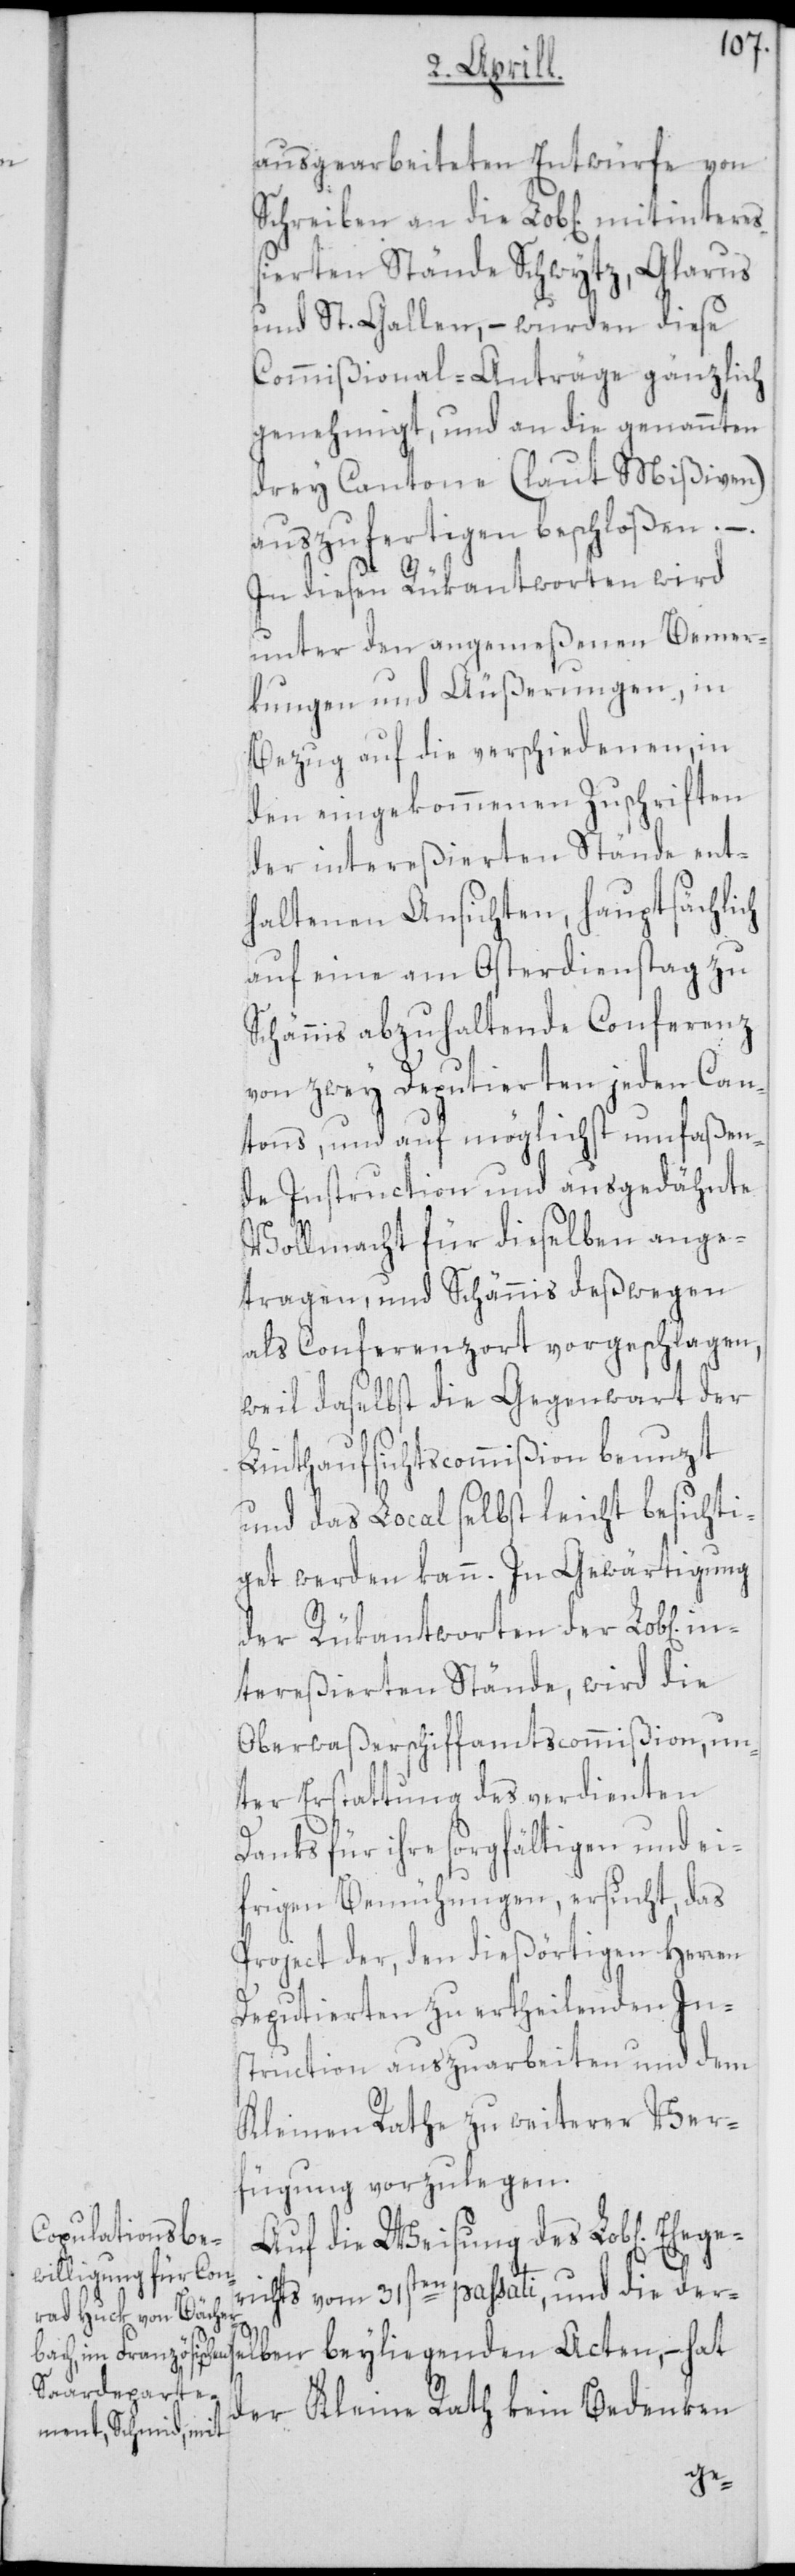
ausgearbeiteten Entwürfe von
Schreiben an die Lob[lichen] mitintereß¬
ierten Stände Schwytz, Glarus
und St. Gallen, – wurden diese
Commißional-Anträge gänzlich
genehmigt, und an die genannten
drey Cantone (laut Mißiven)
auszufertigen beschloßen. – .
In diesen Rükantworten wird
unter den angemeßenen Bemer¬
kungen und Äußerungen, in
Bezug auf die verschiedenen, in
den eingekommenen Zuschriften
der intereßierten Stände ent¬
haltenen Ansichten, hauptsächlich
auf eine am Osterdienstag zu
Schännis abzuhaltende Conferenz
von zwey Deputierten jeden Can¬
tons, und auf möglichst umfaßen¬
de Instruction und ausgedähnte
Vollmacht für dieselben ange¬
tragen, und Schännis deßwegen
als Conferenzort vorgeschlagen,
weil daselbst die Gegenwart der
Linthaufsichtscommißion benuzt
und das Local selbst leicht besichti¬
get werden kann. In Gewärtigung
der Rükantworten der Lob[lichen]
intereßierten Stände, wird die
Oberwaßerschiffamtscommißion, un¬
ter Erstattung des verdienten
Danks für ihre sorgfältigen und ei¬
frigen Bemühungen, ersucht, das
Project der, den dießörtigen Herren
Deputierten zu ertheilenden In¬
struction auszuarbeiten und dem
Kleinen Rathe zu weiterer Ver¬
fügung vorzulegen.
Auf Weisung des Lob[lichen]
ichts vom 31sten passati, und die derse¬
lben beyliegenden Acten, – hat
der Kleine Rath kein Bedenken
ger¬